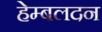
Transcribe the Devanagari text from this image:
हेम्बलदन